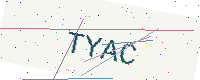
Text: TYAC